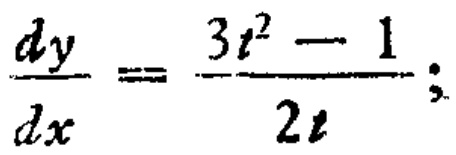
$\frac{dy}{dx}=\frac{3t^{2}-1}{2t};$